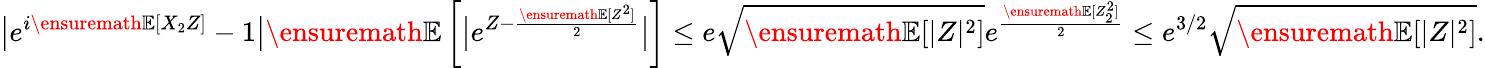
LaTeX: \big|e^{i{\ensuremath{\mathbb E}}[X_{2}Z]}-1\big|{\ensuremath{\mathbb E}}\left[\big|e^{Z-\frac{{\ensuremath{\mathbb E}}[Z^{2}]}{2}}\big|\right]\le e\sqrt{{\ensuremath{\mathbb E}}[|Z|^{2}]}e^{\frac{{\ensuremath{\mathbb E}}[Z_{2}^{2}]}{2}}\le e^{3/2}\sqrt{{\ensuremath{\mathbb E}}[|Z|^{2}]}.